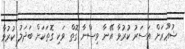
ޝުޢޫރަށް އަސަރު ކުރުވާ އޭނާ ވިސްނާ ގޮތް ވަކި ގޮތަކަށް ބަދަލު ކުރުވާ